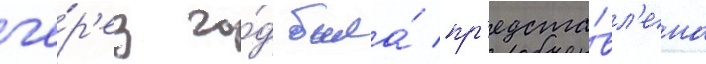
че́р'ез го́д была́ пр'едста́вл'ена